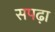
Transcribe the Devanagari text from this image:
सपढ़ा